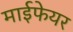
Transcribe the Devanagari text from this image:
माईफेयर